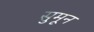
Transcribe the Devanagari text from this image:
सुमून